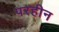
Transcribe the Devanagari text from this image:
परहीन